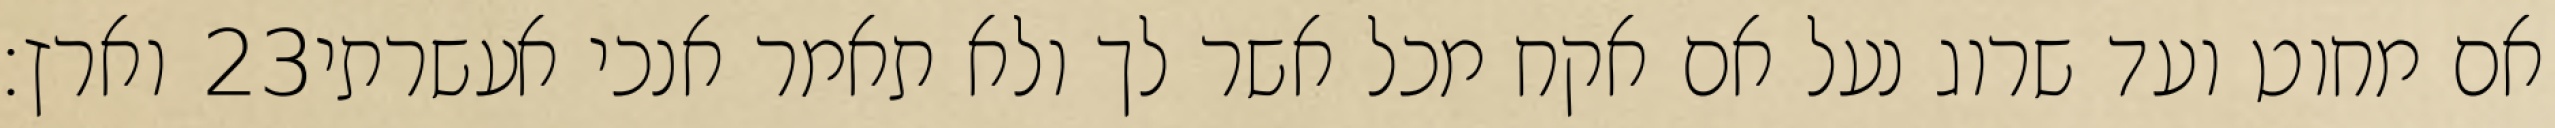
וארץ׃ ‎23‏ אם מחוט ועד שרוג נעל אם אקח מכל אשר לך ולא תאמר אנכי אעשרתי